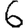
Digit: 6